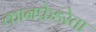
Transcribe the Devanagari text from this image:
कानफ़ेडरेता